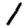
Digit: 1